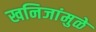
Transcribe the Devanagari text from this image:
खनिजांमुळे